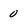
Character: O